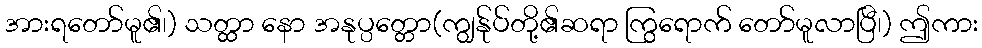
အားရတော်မူ၏၊) သတ္ထာ နော အနုပ္ပတ္တော(ကျွန်ုပ်တို့၏ဆရာ ကြွရောက် တော်မူလာပြီ၊) ဤကား